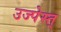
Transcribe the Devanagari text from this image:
उज्पेस्त्